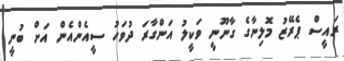
ރައީސް ޕެރޭޒު މޮލިނާގެ ގާނޫނީ ވަކީލު އަންގާރަ ދުވަހު ސީއެންއެން އަށް ބުނީ